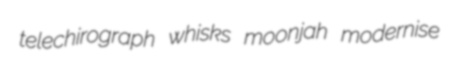
telechirograph whisks moonjah modernise